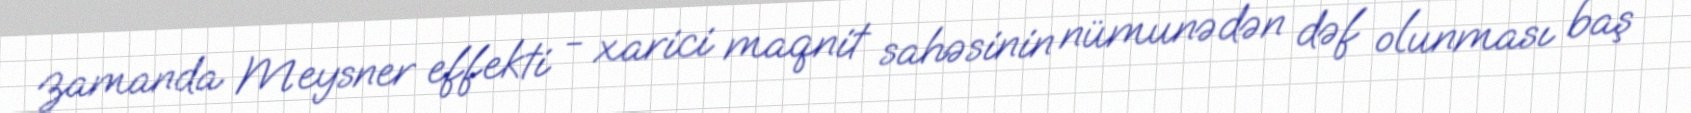
zamanda Meysner effekti - xarici maqnit sahəsinin nümunədən dəf olunması baş